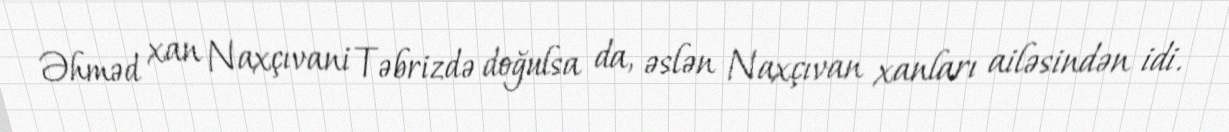
Əhməd xan Naxçıvani Təbrizdə doğulsa da, əslən Naxçıvan xanları ailəsindən idi.